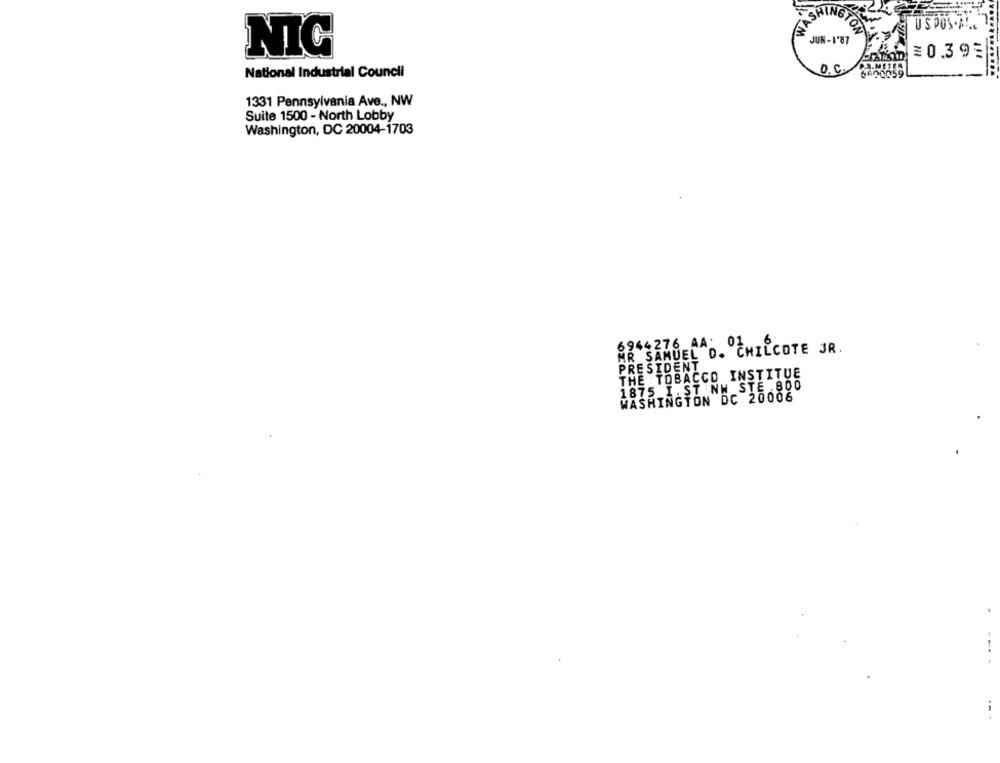
SHINGTON
US DOS .AL.
JUN-1'87
NIC
=0.399
National Industrial Council
O. C.
1331 Pennsylvania Ave ., NW
Suite 1500 - North Lobby
Washington, DC 20004-1703
6944276 AA: 01
MR SAMUEL O. CHILCOTE JR.
PRESIDENT
THE TOBACCO INSTITUE
1875 I. ST NW STE .800
WASHINGTON DC. 20006
--